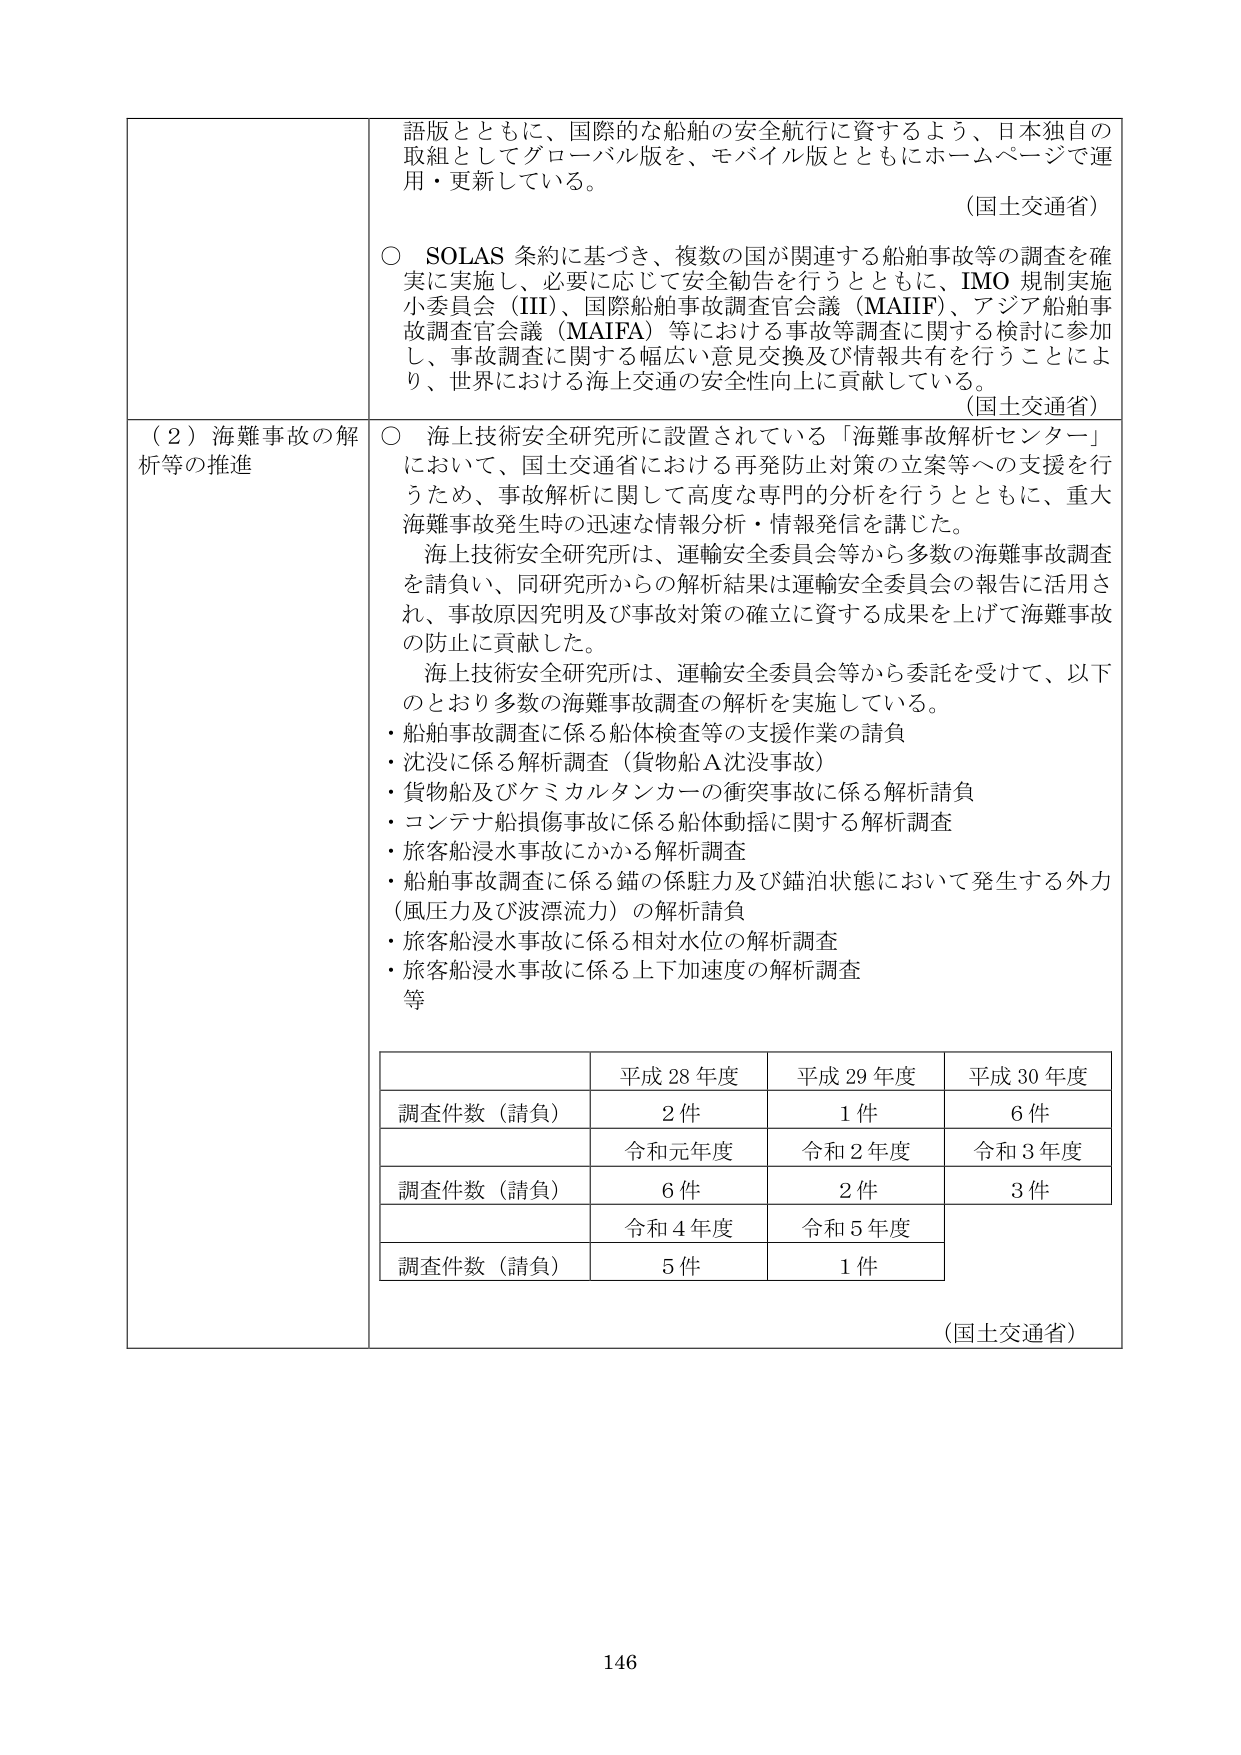
語版とともに、国際的な船舶の安全航行に資するよう、日本独自の取組としてグローバル版を、モバイル版とともにホームページで運用・更新している。

（国土交通省）

○ SOLAS 条約に基づき、複数の国が関連する船舶事故等の調査を確実に実施し、必要に応じて安全勧告を行うとともに、IMO 規制実施小委員会（III）、国際船舶事故調査官会議（MAIIF）、アジア船舶事故調査官会議（MAIFA）等における事故等調査に関する検討に参加し、事故調査に関する幅広い意見交換及び情報共有を行うことにより、世界における海上交通の安全性向上に貢献している。

（国土交通省）

（２）海難事故の解析等の推進

○ 海上技術安全研究所に設置されている「海難事故解析センター」において、国土交通省における再発防止対策の立案等への支援を行うため、事故解析に関して高度な専門的分析を行うとともに、重大海難事故発生時の迅速な情報分析・情報発信を講じた。

海上技術安全研究所は、運輸安全委員会等から多数の海難事故調査を請負い、同研究所からの解析結果は運輸安全委員会の報告に活用され、事故原因究明及び事故対策の確立に資する成果を上げて海難事故の防止に貢献した。

海上技術安全研究所は、運輸安全委員会等から委託を受けて、以下のとおり多数の海難事故調査の解析を実施している。

・船舶事故調査に係る船体検査等の支援作業の請負
・沈没に係る解析調査（貨物船Ａ沈没事故）
・貨物船及びケミカルタンカーの衝突事故に係る解析請負
・コンテナ船損傷事故に係る船体動揺に関する解析調査
・旅客船浸水事故にかかる解析調査
・船舶事故調査に係る錨の係駐力及び錨泊状態において発生する外力（風圧力及び波漂流力）の解析請負
・旅客船浸水事故に係る相対水位の解析調査
・旅客船浸水事故に係る上下加速度の解析調査
等

平成 28 年度 平成 29 年度 平成 30 年度
調査件数（請負） 2件 1件 6件
令和元年度 令和2年度 令和3年度
調査件数（請負） 6件 2件 3件
令和4年度 令和5年度
調査件数（請負） 5件 1件

（国土交通省）

146